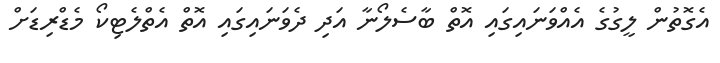
އެގޮތުން ލީގުގެ އެއްވަނައިގައި އޮތް ބާސެލޯނާ އަދި ދެވަނައިގައި އޮތް އެތްލެޓިކޯ މެޑްރިޑަށް